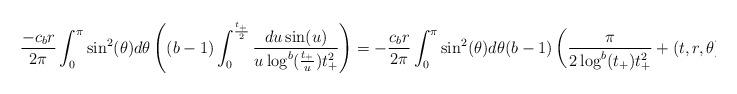
LaTeX: \begin{align*} &\frac{-c_{b}r}{2\pi} \int_{0}^{\pi} \sin^{2}(\theta) d\theta \left((b-1) \int_{0}^{\frac{t_{+}}{2}} \frac{du \sin(u)}{u \log^{b}(\frac{t_{+}}{u}) t_{+}^{2}}\right)= -\frac{c_{b}r}{2\pi} \int_{0}^{\pi} \sin^{2}(\theta) d\theta (b-1) \left(\frac{\pi}{2 \log^{b}(t_{+}) t_{+}^{2}} + (t,r,\theta) \right)\end{align*}